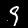
Label: 9